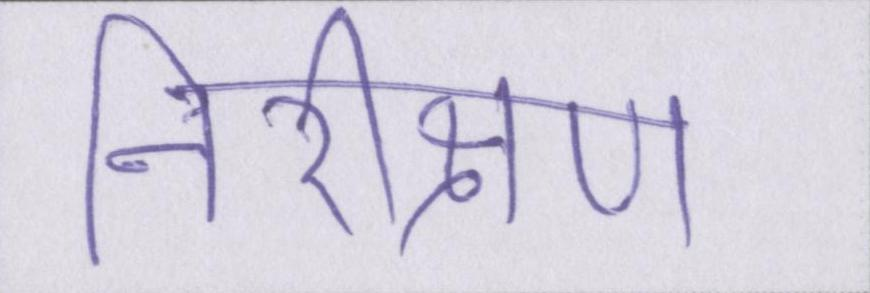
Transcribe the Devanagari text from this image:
निरीक्षण